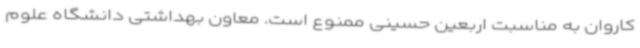
کاروان به مناسبت اربعین حسینی ممنوع است. معاون بهداشتی دانشگاه علوم